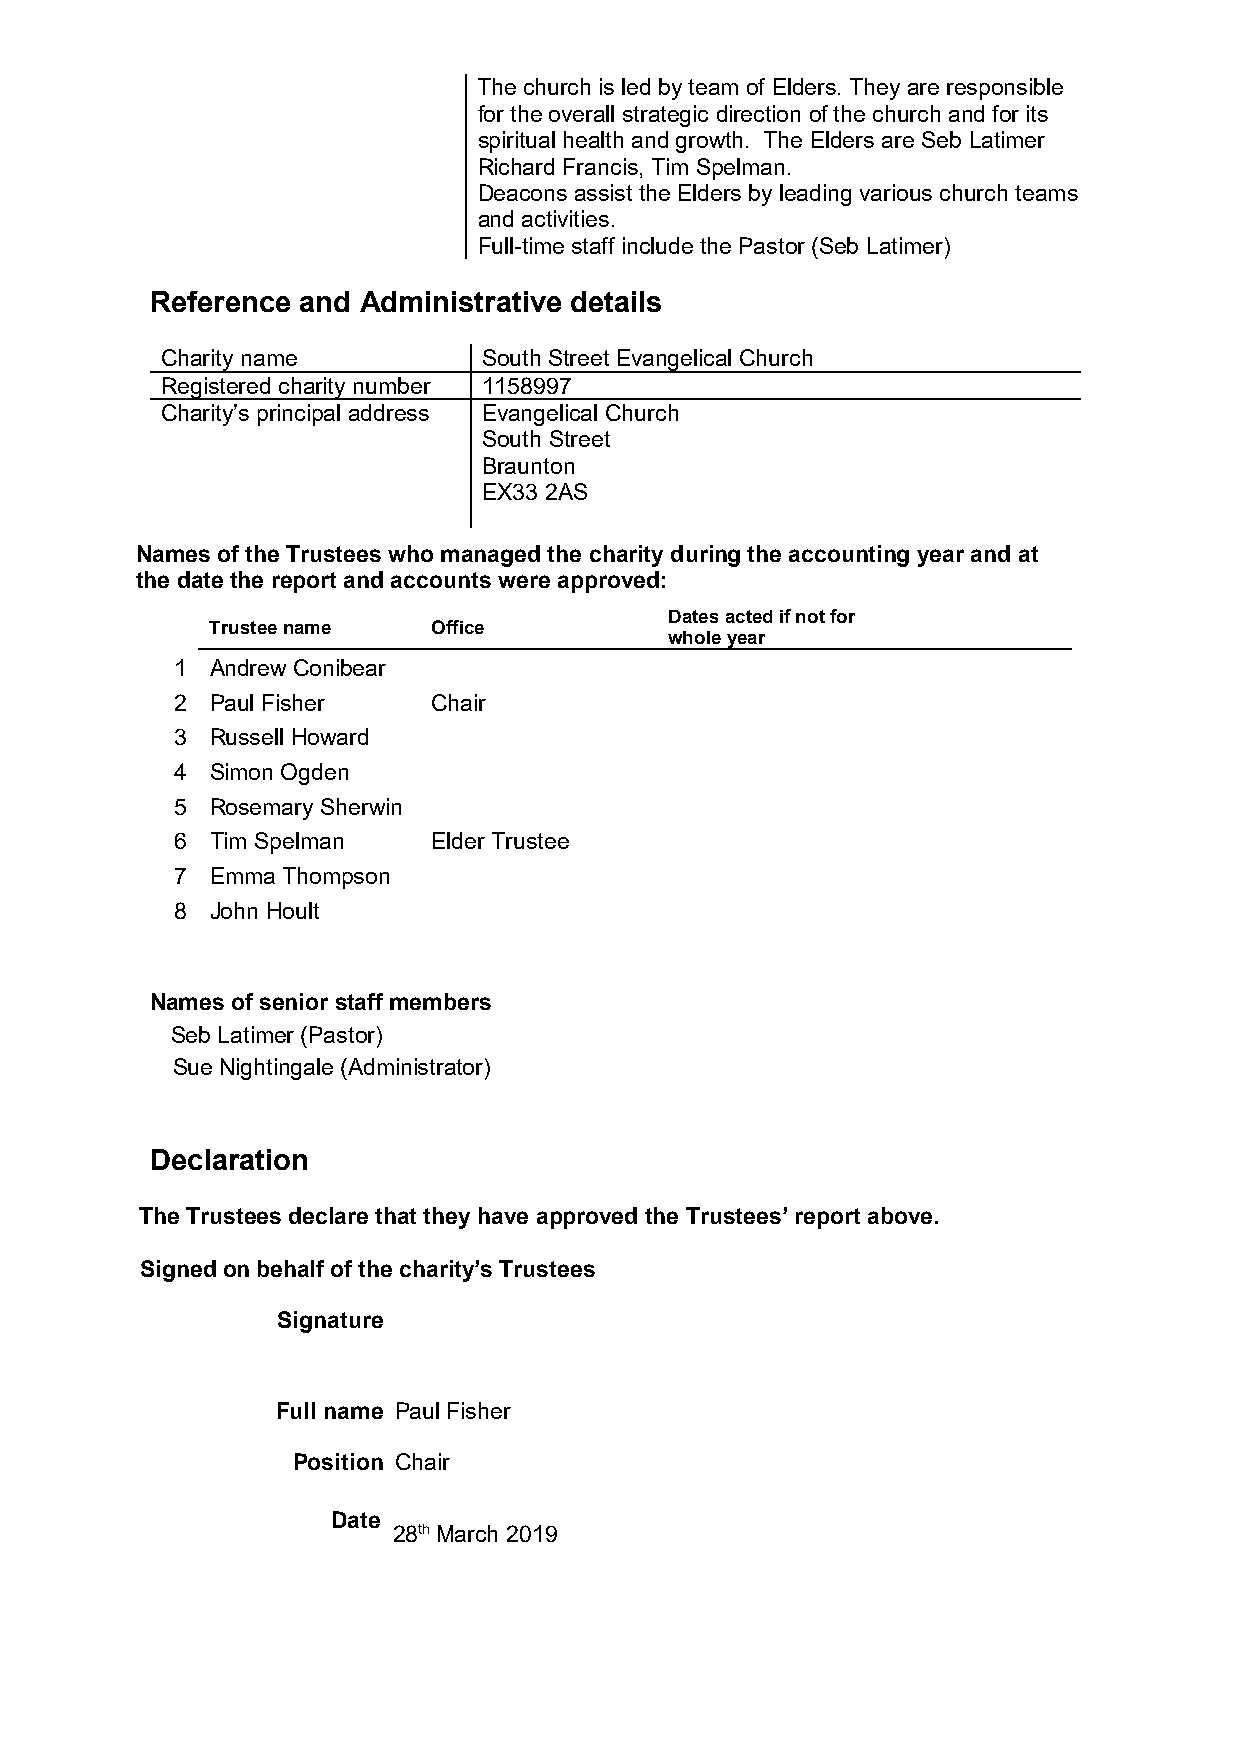
The church is led by team of Elders. They are responsible
 for the overall strategic direction of the church and for its
 spiritual health and growth. The Elders are Seb Latimer
 Richard Francis, Tim Spelman.
 Deacons assist the Elders by leading various church teams
 and activities.
 Full-time staff include the Pastor (Seb Latimer)
 Reference and Administrative details
 Charity name         South Street Evangelical Church
 Registered charity number 1158997
 Charity’s principal address Evangelical Church
 South Street
 Braunton
 EX33 2AS
 Names of the Trustees who managed the charity during the accounting year and at
 the date the report and accounts were approved:
 Dates acted if not for
 Trustee name   Office
 whole year
 1 Andrew Conibear
 2 Paul Fisher    Chair
 3 Russell Howard
 4 Simon Ogden
 5 Rosemary Sherwin
 6 Tim Spelman    Elder Trustee
 7 Emma Thompson
 8 John Hoult
 Names of senior staff members
 Seb Latimer (Pastor)
 Sue Nightingale (Administrator)
 Declaration
 The Trustees declare that they have approved the Trustees’ report above.
 Signed on behalf of the charity’s Trustees
 Signature
 Full name Paul Fisher
 Position Chair
 Date
 28th March 2019